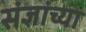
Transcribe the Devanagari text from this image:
संज्ञांच्या